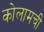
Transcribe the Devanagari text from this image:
कोलामची